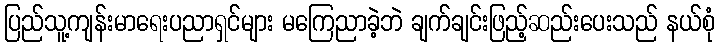
ပြည်သူ့ကျန်းမာရေးပညာရှင်များ မကြေညာခဲ့ဘဲ ချက်ချင်းဖြည့်ဆည်းပေးသည် နယ်စုံ